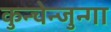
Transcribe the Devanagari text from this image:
कुन्चेन्जुन्गा